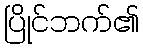
ပြိုင်ဘက်၏